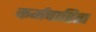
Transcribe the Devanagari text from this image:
कर्मचारिता